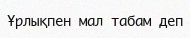
Ұрлықпен мал табам деп